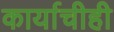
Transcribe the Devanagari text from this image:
कार्याचीही